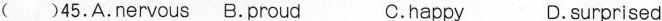
( )45.A.nervous B.proud C.happy D.surprised